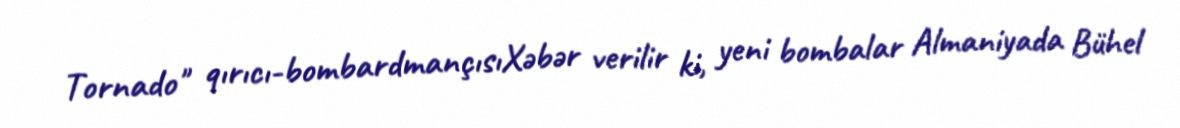
Tornado" qırıcı-bombardmançısıXəbər verilir ki, yeni bombalar Almaniyada Bühel